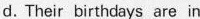
d.Their birthdays are in